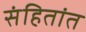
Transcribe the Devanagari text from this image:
संहितांत